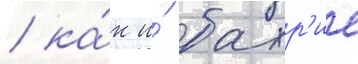
/ ка́к и́ бахр'ие